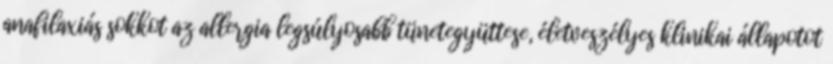
anafilaxiás sokkot az allergia legsúlyosabb tünetegyüttese, életveszélyes klinikai állapotot